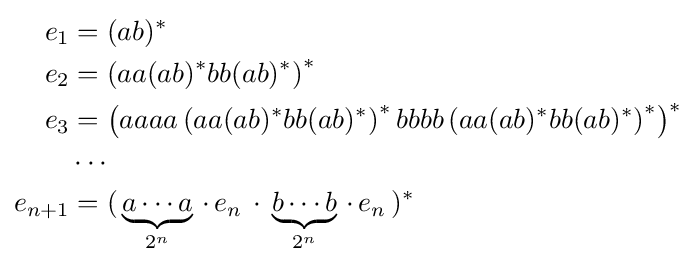
{\begin{alignedat}{2}e_{1}&=(ab)^{*}\\e_{2}&=\left(aa(ab)^{*}bb(ab)^{*}\right)^{*}\\e_{3}&=\left(aaaa\left(aa(ab)^{*}bb(ab)^{*}\right)^{*}bbbb\left(aa(ab)^{*}bb(ab)^{*}\right)^{*}\right)^{*}\\\,&\cdots \\e_{n+1}&=(\,\underbrace {a\cdots a} _{2^{n}}\,\cdot \,e_{n}\,\cdot \,\underbrace {b\cdots b} _{2^{n}}\,\cdot \,e_{n}\,)^{*}\end{alignedat}}